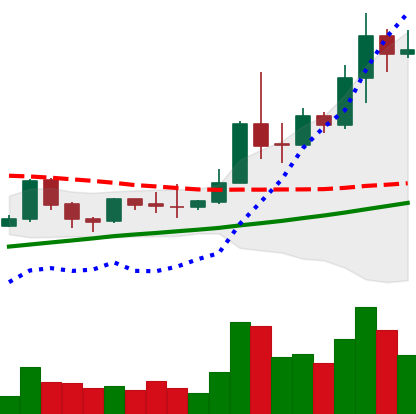
Ticker: TRX-USD
Chart end date: 2019-04-10
Forward return: -11.993%
Label: down_7plus